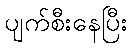
ပျက်စီးနေပြီး